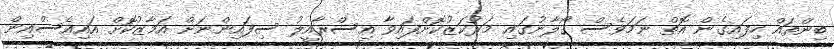
ބިންތައް ހިފައިގެން އޮތް ނަމަވެސް ގޯލާނުގައި މަރުކަޒުކޮށްފައިވާ އިސްރާއީލު ސިފައިންނަށް އަމާޒުކޮށް އައިއެސްއިން